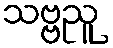
သဗ္ဗညူ